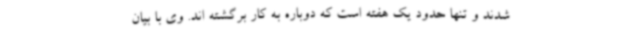
شدند و تنها حدود یک هفته است که دوباره به کار برگشته اند. وی با بیان